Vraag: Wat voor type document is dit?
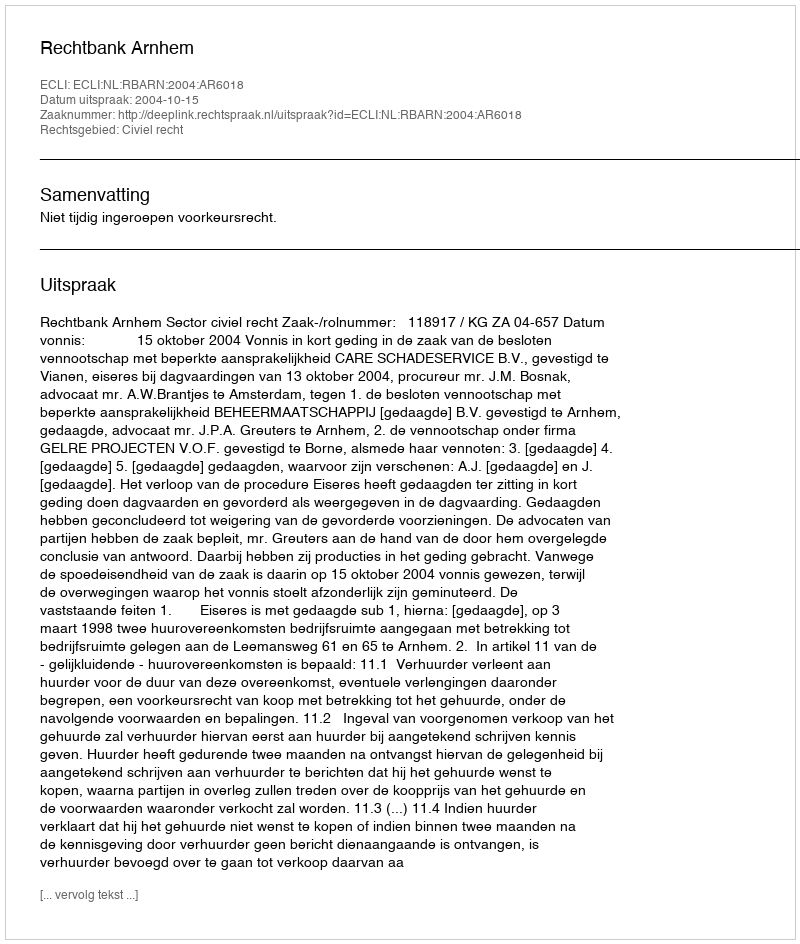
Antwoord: Uitspraak